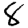
Digit: 8